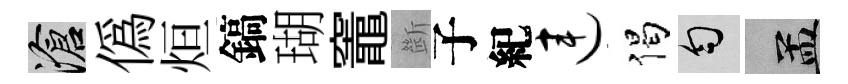
滄僞烜鎬瑚竈㫁子紀连偈匀汴